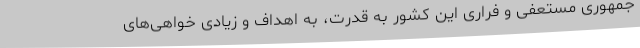
جمهوری مستعفی و فراری این کشور به قدرت، به اهداف و زیادی خواهی‌های